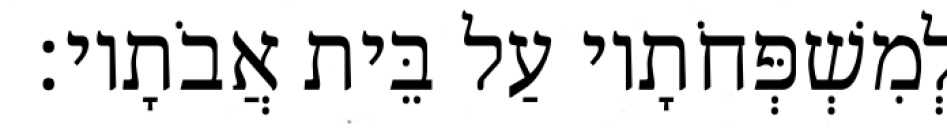
לְמִשְׁפְּחֹתָיו עַל בֵּית אֲבֹתָיו׃